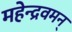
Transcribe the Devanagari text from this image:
महेन्द्रवमन्